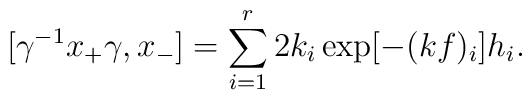
[\gamma^{-1} x_+ \gamma, x_-] = \sum_{i=1}^r 2k_i \exp [- (kf)_i] h_i.